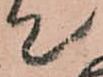
て